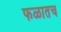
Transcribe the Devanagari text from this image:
फळातच